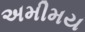
અમીમય